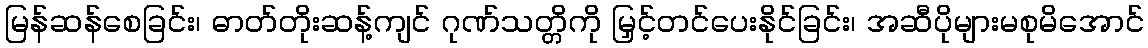
မြန်ဆန်စေခြင်း၊ ဓာတ်တိုးဆန့်ကျင် ဂုဏ်သတ္တိကို မြှင့်တင်ပေးနိုင်ခြင်း၊ အဆီပိုများမစုမိအောင်